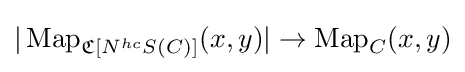
|\operatorname {Map} _{{\mathfrak {C}}[N^{hc}S(C)]}(x,y)|\to \operatorname {Map} _{C}(x,y)